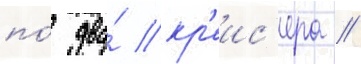
по́ два́ кр'еис'ера //